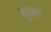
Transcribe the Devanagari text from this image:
शुइशा